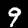
Label: 9